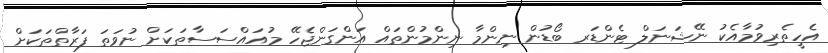
އެހީތެރިވުމާއެކު ނޭޝަނަލް ޓެންޑަރ ބޯޑުން ނިންމާ ނިންމުންތައް އަންގަންޖެހޭ މުއައްސަސާތަކަށް ނުވަތަ ފަރާތްތަކަށް